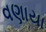
વણાયા